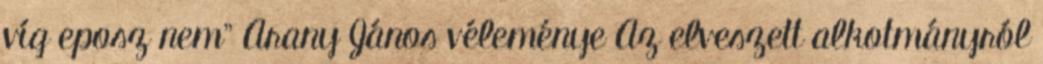
víg eposz nem” Arany János véleménye Az elveszett alkotmányról